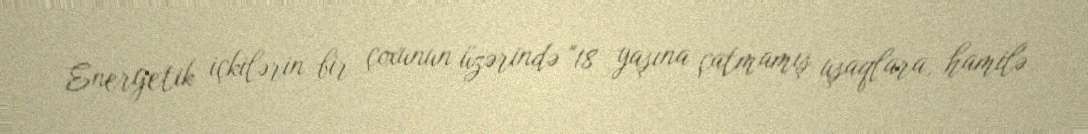
Energetik içkilərin bir çoxunun üzərində "18 yaşına çatmamış uşaqlara, hamilə